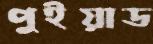
পুইয়াড